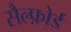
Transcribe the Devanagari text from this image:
सैल्फ़ोर्ड